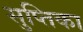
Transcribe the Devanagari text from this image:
सुप्तिका